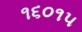
૧૬૦૧૫